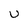
Character: u